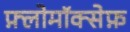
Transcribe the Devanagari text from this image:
फ़्लोमॉक्सेफ़